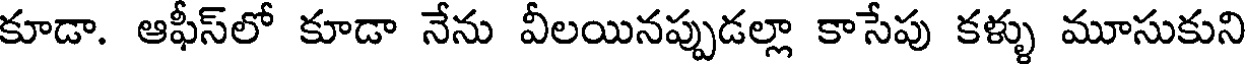
కూడా. ఆఫీస్లో కూడా నేను వీలయినప్పుడల్లా కాసేపు కళ్ళు మూసుకుని